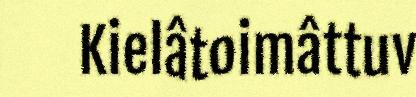
Kielâtoimâttuv